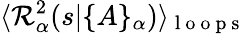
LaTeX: \langle{\cal\mathcal{R}}_{\alpha}^{2}(s|\{ A\} _{\alpha})\rangle_{\mathrm{{~l~o~o~p~s~}}}